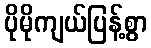
ပိုမိုကျယ်ပြန့်စွာ